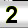
Digit: 2